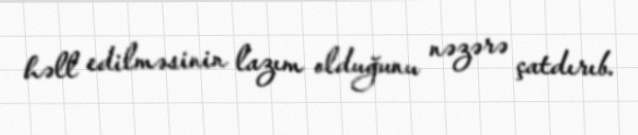
həll edilməsinin lazım olduğunu nəzərə çatdırıb.